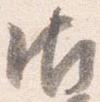
御